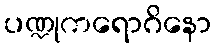
ပဏ္ဍုကရောဂိနော